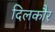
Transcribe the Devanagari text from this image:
दिलकौर